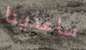
ساعدينا